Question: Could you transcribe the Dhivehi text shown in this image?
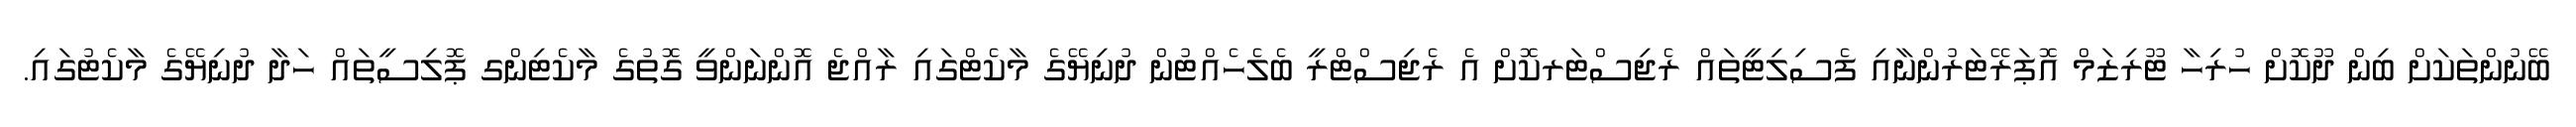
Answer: ބޭނުންތަކަށް ބިން ދޫކޮށް ހުރިހާ ޓޫރިޒަމް އޮޕަރޭޓަރުންނާއި ފެސިލިޓީތައް ރެޖިސްޓަރކޮށް އެ ރެޖިސްޓްރީ ބެލެހެއްޓުން ދުނިޔޭގެ މާކެޓްގައި ރާއްޖެ އޮންނަންވީ ގޮތުގެ މާކެޓިންގ ޕޮލިސީތައް ހަދާ ދުނިޔޭގެ މާކެޓުގައި.